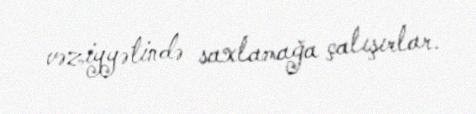
vəziyyətində saxlamağa çalışırlar.